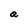
Character: a